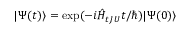
| \Psi ( t ) \rangle = \exp ( - i \hat { H } _ { t J U } t / \hbar ) | \Psi ( 0 ) \rangle